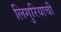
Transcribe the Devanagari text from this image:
लिगुरियाची